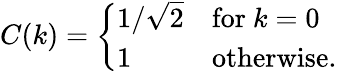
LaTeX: C(k)=\left\{ \begin{array}{ll}{1/{\sqrt{2}}}&{\mathrm{for}~k=0}\\ {1}&{\mathrm{otherwise.}}\end{array}\right.